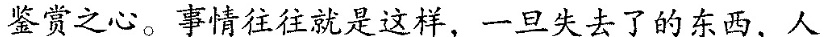
鉴赏之心，事情往往就是这样，一旦失去了的东西，人